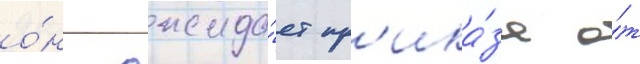
о́н ожида́ет пр'ика́за о́т